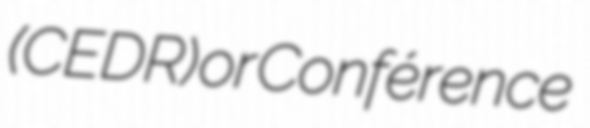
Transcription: (CEDR) or Conférence